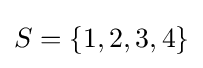
S=\{1,2,3,4\}